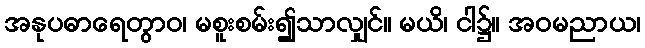
အနုပဓာရေတွာဝ၊ မစူးစမ်း၍သာလျှင်။ မယိ၊ ငါ၌။ အဝမညာယ၊